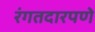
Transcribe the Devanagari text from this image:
रंगतदारपणे